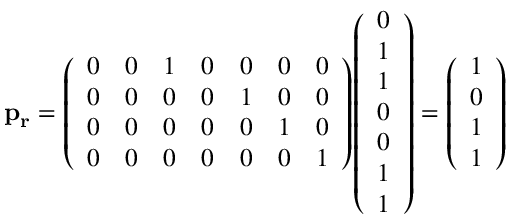
\mathbf { p _ { r } } = { \left( \begin{array} { l l l l l l l } { 0 } & { 0 } & { 1 } & { 0 } & { 0 } & { 0 } & { 0 } \\ { 0 } & { 0 } & { 0 } & { 0 } & { 1 } & { 0 } & { 0 } \\ { 0 } & { 0 } & { 0 } & { 0 } & { 0 } & { 1 } & { 0 } \\ { 0 } & { 0 } & { 0 } & { 0 } & { 0 } & { 0 } & { 1 } \end{array} \right) } { \left( \begin{array} { l } { 0 } \\ { 1 } \\ { 1 } \\ { 0 } \\ { 0 } \\ { 1 } \\ { 1 } \end{array} \right) } = { \left( \begin{array} { l } { 1 } \\ { 0 } \\ { 1 } \\ { 1 } \end{array} \right) }